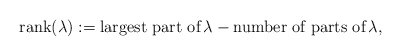
\begin{align*}\textrm{rank}(\lambda) := \textrm{largest part of}\, \lambda - \textrm{number of parts of} \, \lambda ,\end{align*}